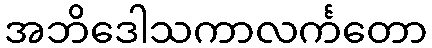
အဘိဒေါသကာလင်္ကတော